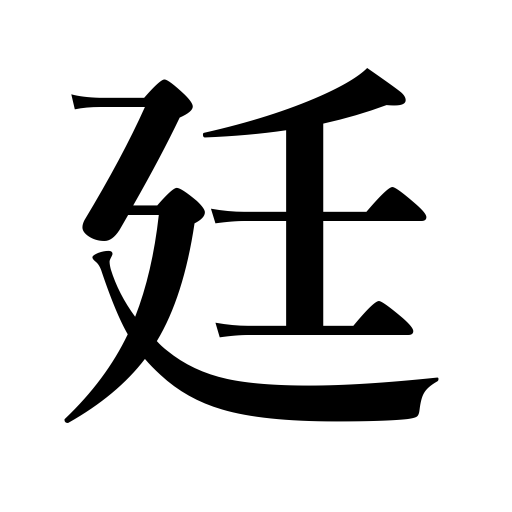
Meanings: imperial court,government office